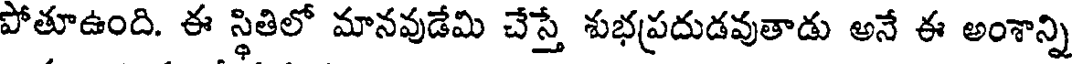
పోతూఉంది. ఈ స్థితిలో మానవుడేమి చేస్తే శుభప్రదుడవుతాడు అనే ఈ అంశాన్ని